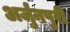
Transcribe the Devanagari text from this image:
अर्जुनपुरी